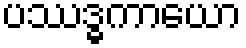
ပဿဒ္ဓကာယော